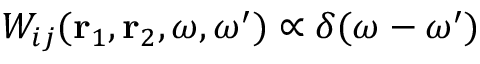
W _ { i j } ( { \bf r } _ { 1 } , { \bf r } _ { 2 } , \omega , \omega ^ { \prime } ) \propto \delta ( \omega - \omega ^ { \prime } )